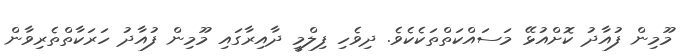
މޫމިން ފުއާދު ކޮށްއުޅޭ މަސައްކަތްތަކެކެވެ. ދިވެހި ފިލްމީ ދާއިރާގައި މޫމިން ފުއާދު ހަރަކާތްތެރިވާން